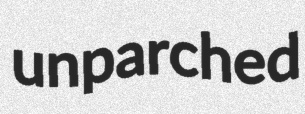
unparched